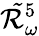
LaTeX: \mathcal{\tilde{R}}_{\omega}^{5}